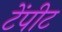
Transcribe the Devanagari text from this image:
टेंपीट